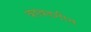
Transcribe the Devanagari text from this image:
बडबडगीत